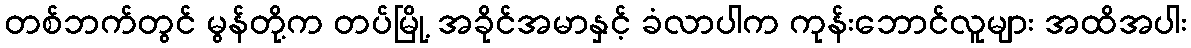
တစ်ဘက်တွင် မွန်တို့က တပ်မြို့ အခိုင်အမာနှင့် ခံလာပါက ကုန်းဘောင်လူများ အထိအပါး